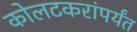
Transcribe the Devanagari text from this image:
कोलटकरांपर्यंत